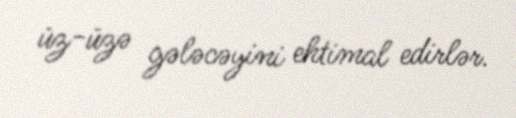
üz-üzə gələcəyini ehtimal edirlər.